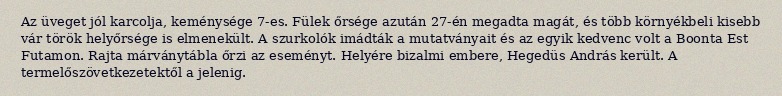
Az üveget jól karcolja, keménysége 7-es. Fülek őrsége azután 27-én megadta magát, és több környékbeli kisebb vár török helyőrsége is elmenekült. A szurkolók imádták a mutatványait és az egyik kedvenc volt a Boonta Est Futamon. Rajta márványtábla őrzi az eseményt. Helyére bizalmi embere, Hegedüs András került. A termelőszövetkezetektől a jelenig.